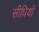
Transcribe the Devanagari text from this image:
सीधियों